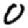
Digit: 0